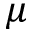
\mu